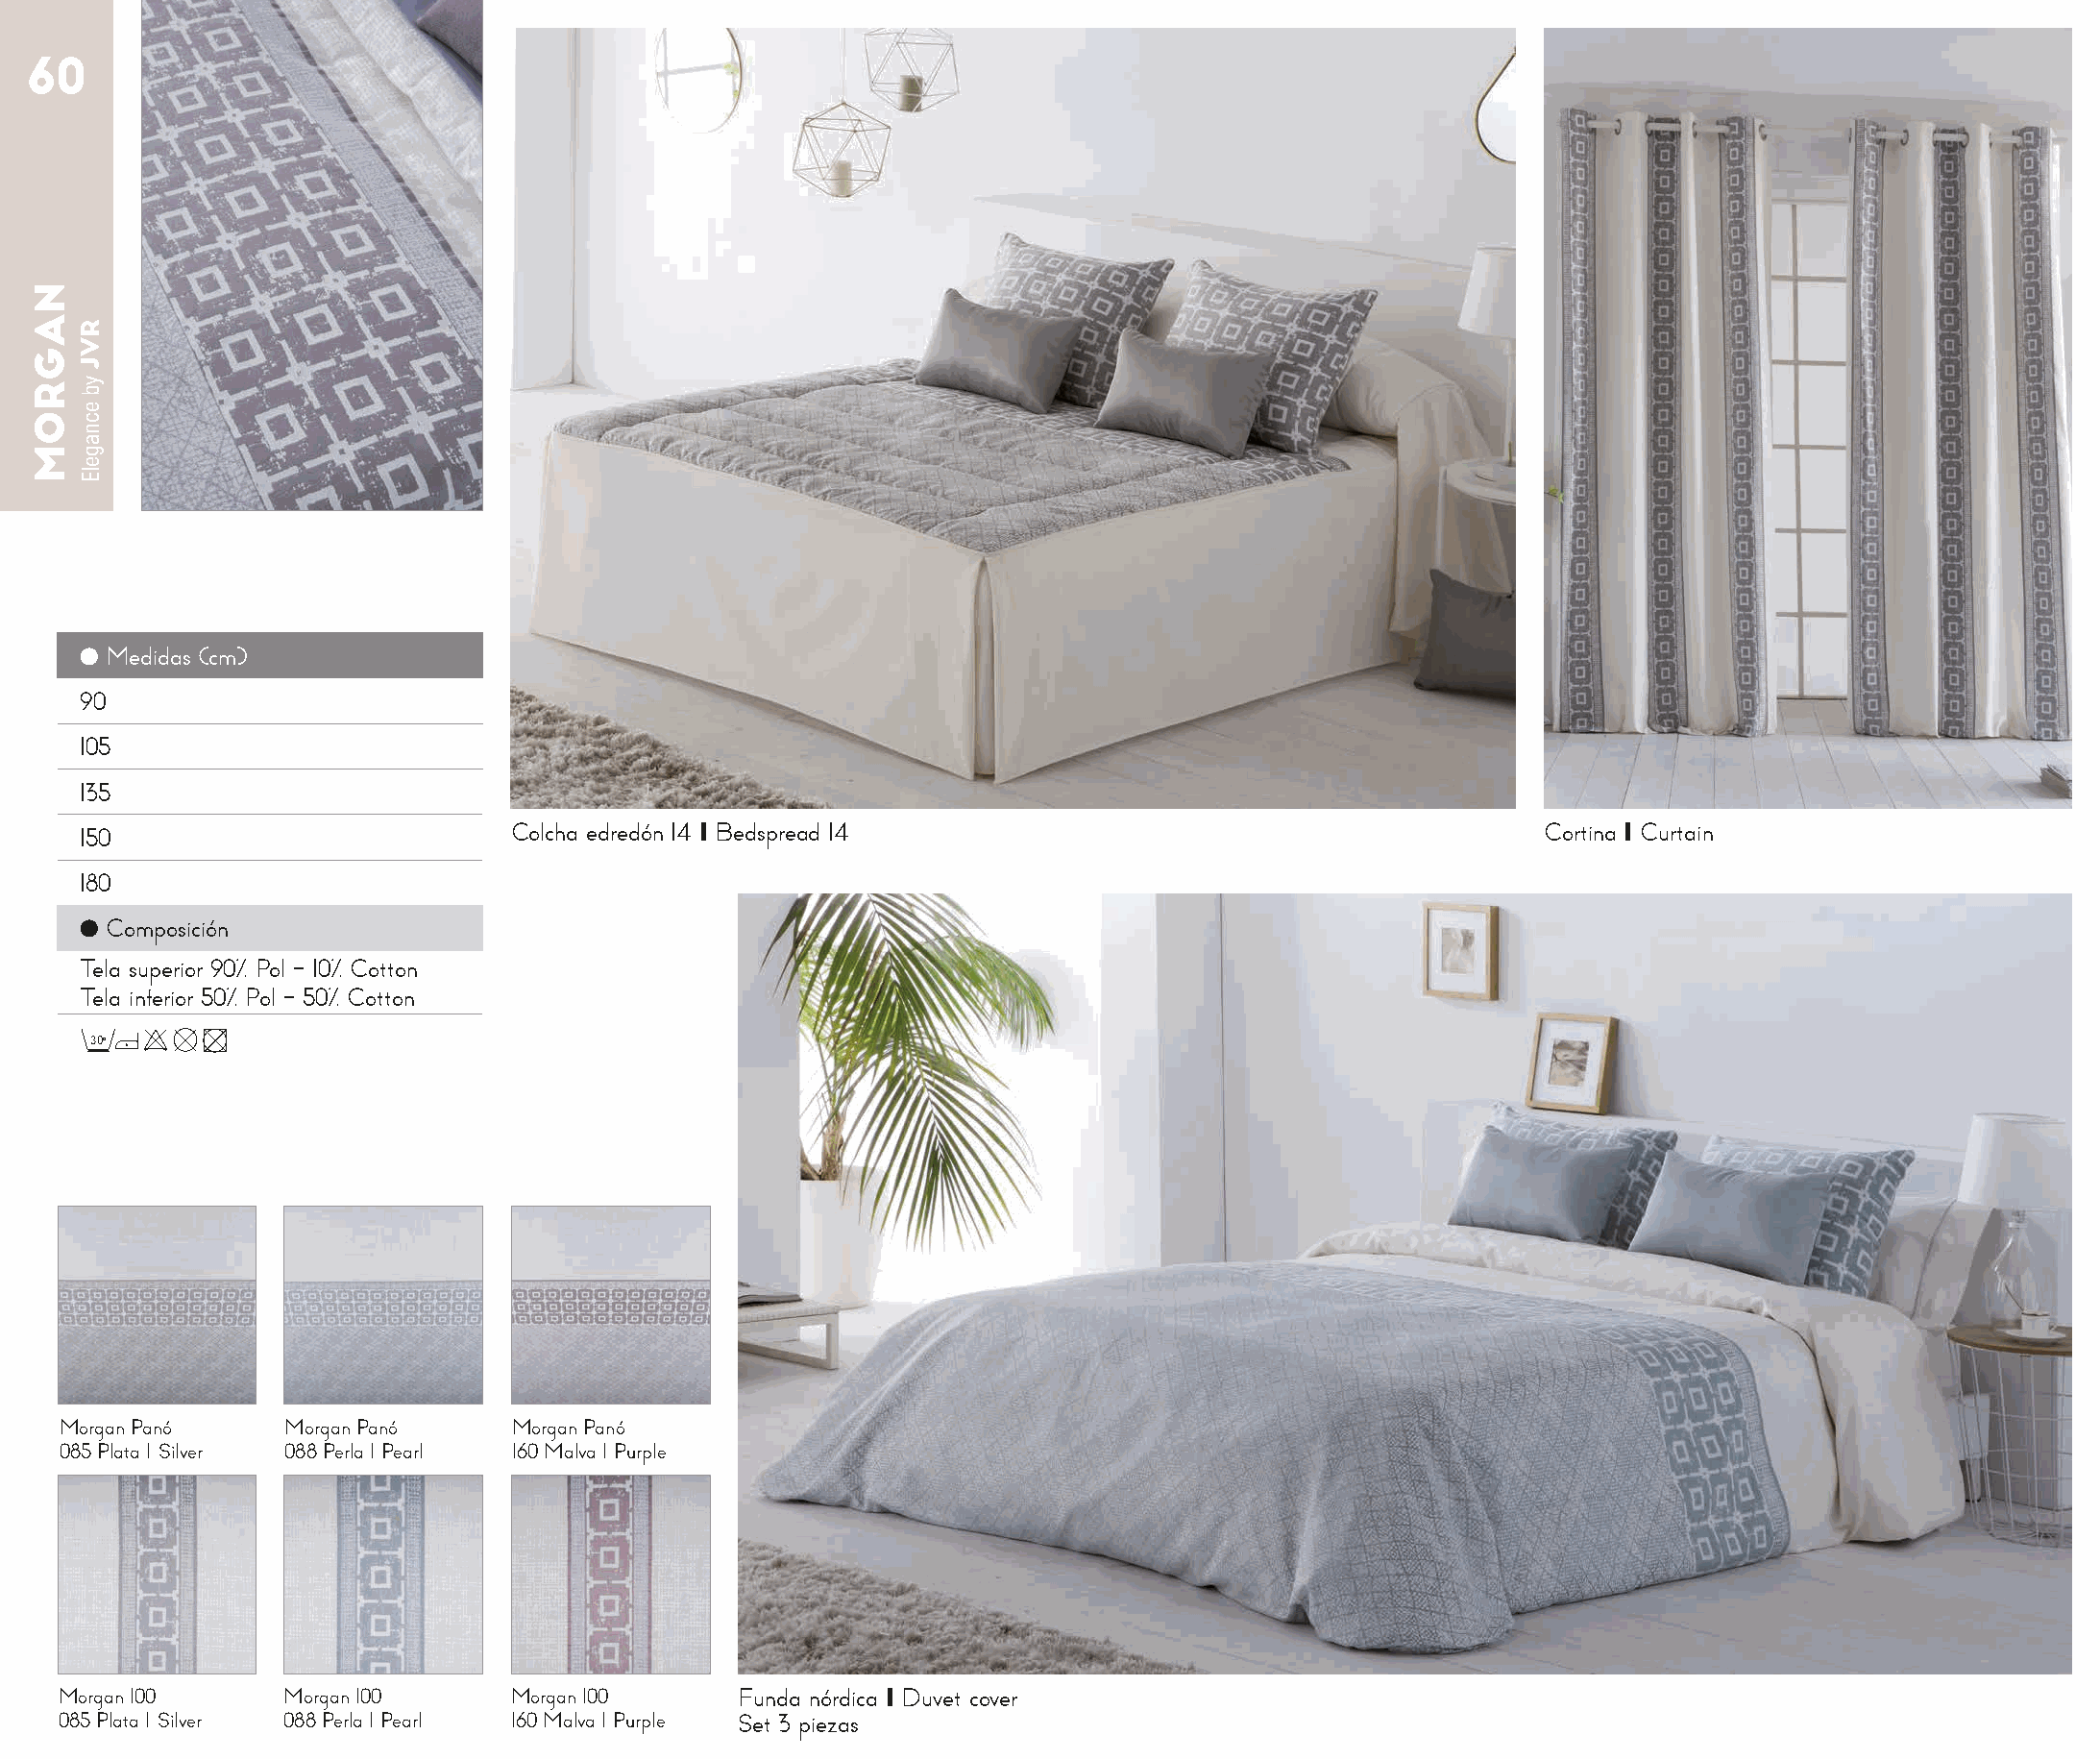
60
 ● Medidas (cm)
 90
 105
 135
 150                          Colcha edredón 14 I Bedspread 14                                       Cortina I Curtain
 180
 ● Composición
 Tela superior 90% Pol - 10% Cotton
 Tela inferior 50% Pol - 50% Cotton
 30o
 Morgan Panó     Morgan Panó    Morgan Panó
 085 Plata I Silver 088 Perla I Pearl 160 Malva I Purple
 Morgan 100      Morgan 100     Morgan 100      Funda nórdica I Duvet cover
 085 Plata I Silver 088 Perla I Pearl 160 Malva I Purple Set 3 piezas
 NAGROM
 RVJ
 yb
 ecnagelE